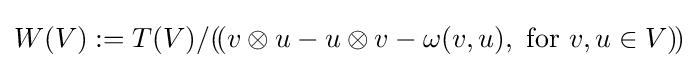
W(V):=T(V)/(\!(v\otimes u-u\otimes v-\omega (v,u),{\text{ for }}v,u\in V)\!)